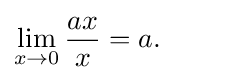
\lim _{x\to 0}{\frac {ax}{x}}=a.\qquad